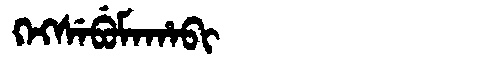
Manchu: ᡴᡝᡴᠰᡝᠪᡠᠮᠠᡥᠠᠪᡳ
Romanization: KEKSEBUMAHABI